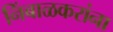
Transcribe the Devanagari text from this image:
निंबाळकरांना